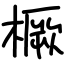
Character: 橛